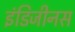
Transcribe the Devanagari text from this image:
इंडिजीनस